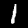
Label: 1